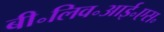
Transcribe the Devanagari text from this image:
बी॰लिव॰आई॰एस॰